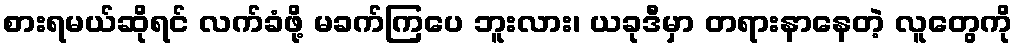
စားရမယ်ဆိုရင် လက်ခံဖို့ မခက်ကြပေ ဘူးလား၊ ယခုဒီမှာ တရားနာနေတဲ့ လူတွေကို